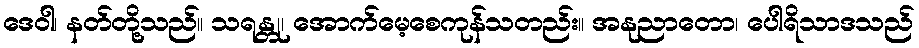
ဒေဝါ၊ နတ်တို့သည်။ သရန္တု၊ အောက်မေ့စေကုန်သတည်း။ အနုညာတော၊ ပေါရိသာဒသည်